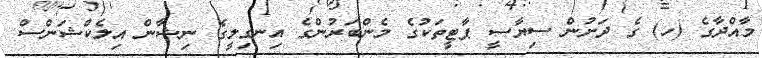
މާއްދާގެ (ހ) ގެ ދަށުން ސިޔާސީ ޕާޓީތަކުގެ މެންބަރުންގެ އިނގިލީގެ ނިޝާން އިލެކްޝަންސް